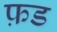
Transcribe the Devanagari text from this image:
फ़ड